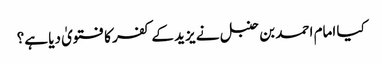
کیا امام احمد بن حنبل نے یزید کے کفر کا فتویٰ دیا ہے؟